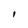
Character: I